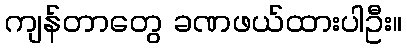
ကျန်တာတွေ ခဏဖယ်ထားပါဦး။